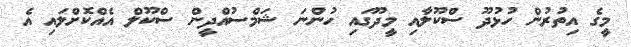
މީގެ އިތުރުން ހުޅުދޫ ސްކޫލާއި މީދޫގައި ހުންނަ ޝަމްސުއްދީން ސްކޫލް އެއްކޮށްލައި އެ